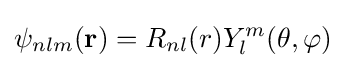
\psi _{nlm}(\mathbf {r} )=R_{nl}(r)Y_{l}^{m}(\theta ,\varphi )